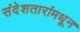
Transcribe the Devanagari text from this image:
संदेशतारांमधून